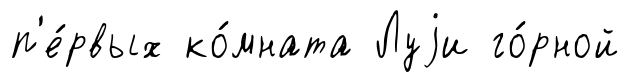
п'е́рвых ко́мната Луjи го́рной